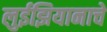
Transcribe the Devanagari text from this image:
लुईझियानाचे